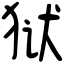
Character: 狱